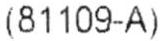
(81109-A)